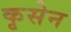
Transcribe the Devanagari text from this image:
कृसेन